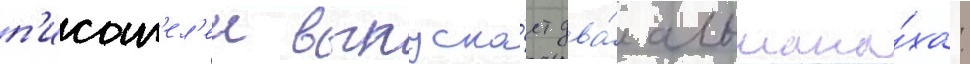
п'исат'ел'еи выпуска́ет два́ альмана́ха: